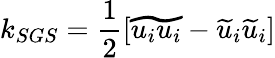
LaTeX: k_{SGS}=\frac{1}{2}[\widetilde{u_{i}u_{i}}-\widetilde{u}_{i}\widetilde{u}_{i}]